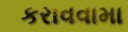
કરાવવામા